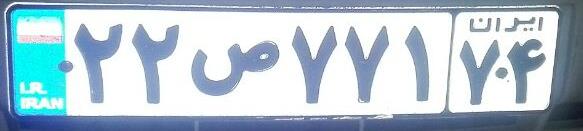
۲۲ص۷۷۱۷۴